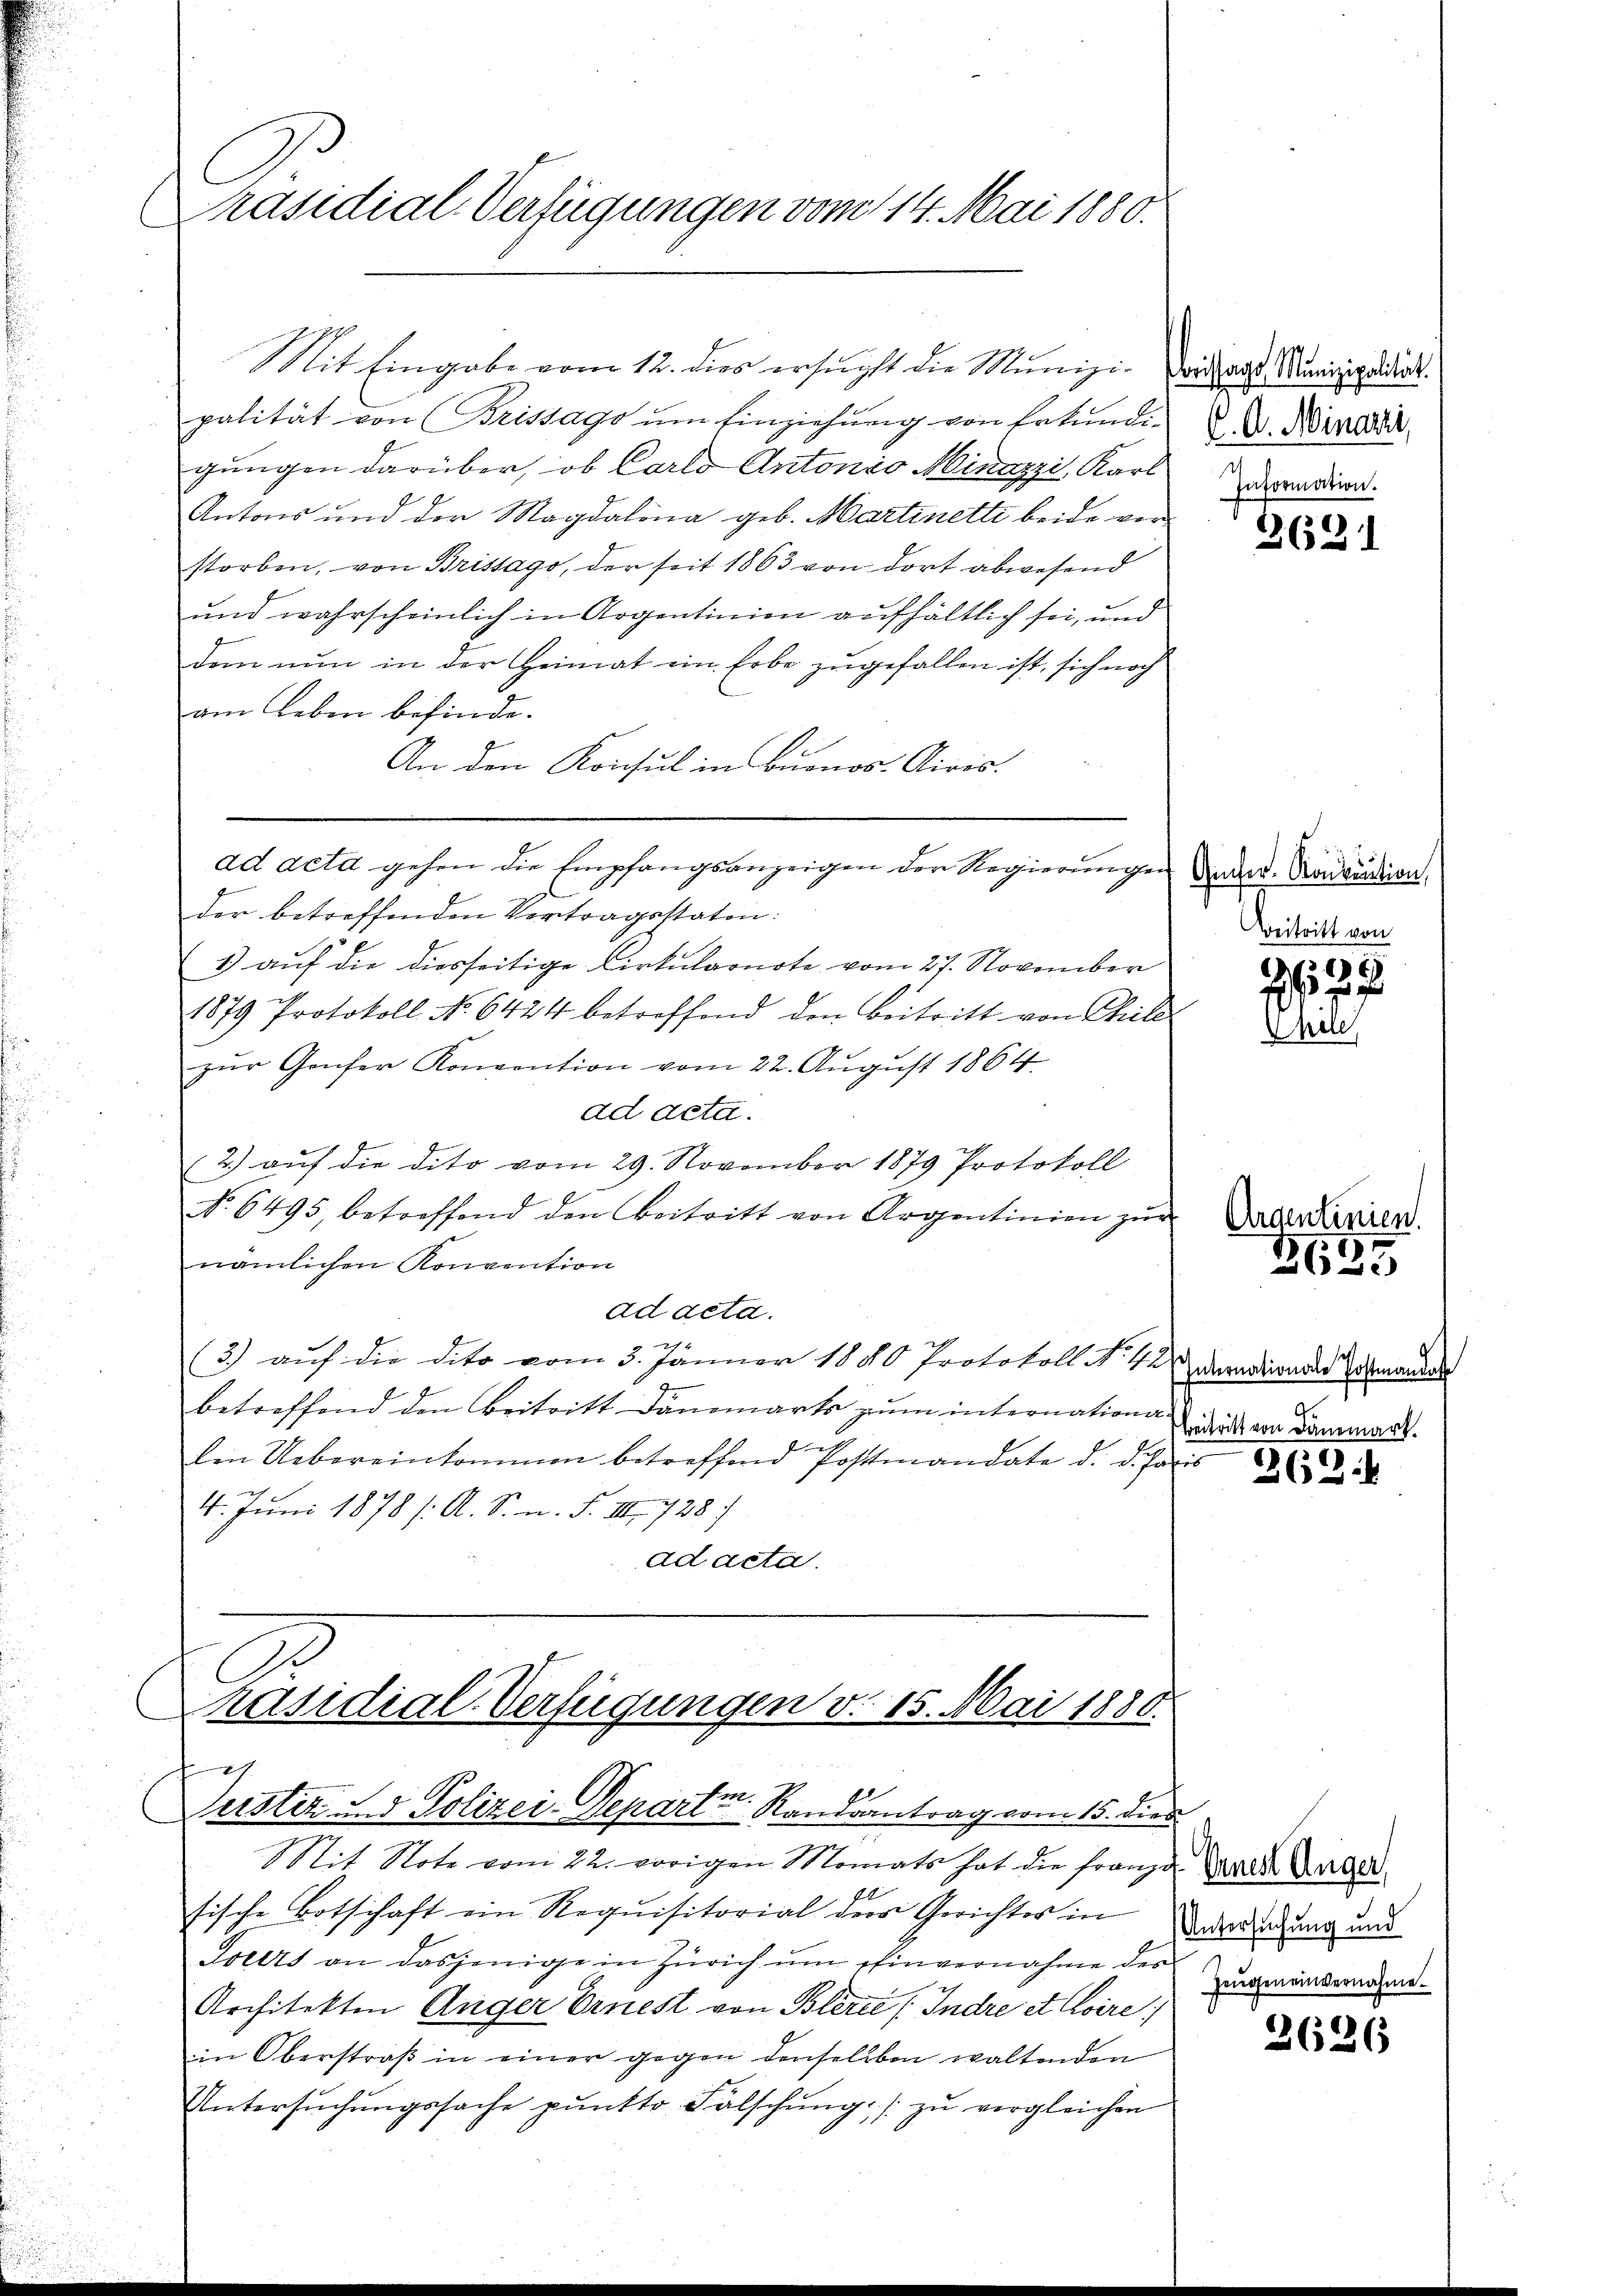
Präsidial-Verfügungen vom 14. Mai 1880.

Mit Eingabe vom 12. dies ersucht die Munizipalität von Brissago um Einziehung von Erkundigungen darüber, ob Carlo Antonio Minazzi, Karl
Antons und der Magdalona geb. Martinetti beide vorstorben, von Brissago, der seit 1863 von dort abwesend
und wahrscheinlich in Argentinien aufhältlich sei, und
dem nun in der Heimat ein Erbe zugefallen ist, sich noch
am Leben befinde.
An den Konsul in Buenos-Airis.
ad acta gehen die Empfangsanzeigen der Regierungen und Nadaution,
E
der betreffenden Vertragsstaten:
1) auf die diesseitige Cirkularnote vom 27. November
1879 Protokoll No 6424 betreffend den Beitritt von Chile
zur Genfer Konvention vom 22. August 1864
ad acta.
2.) auf die dito vom 29. November 1879 Protokoll
No. 6495, betreffend den Beitritt von Argontinien zŭr
nämlichen Konvention
ad acta.
2
(3.) auf die dito vom 3. Jänner 1880 Protokoll No 13
betreffend den Beitritt Danomarts zum internationaden Uebereinkommen betreffend Postmandate d. d. Jani
4. Juni 1878 /: A. S. n. F. III 738
ad acta

C
räsidial-Verfügungen v. 15. Mai 1880.
f
Justiz und Polizei-Departen Randsantrag vom 15. dies

Foristags Munizipalität.
V. A. Minarii,
Information.

Mit Note vom 22. vorigen Monats hat die franze Sache Lager
sische Botschaft ein Requisitorial dem Gerichter in Verdingung und
Tolers an dasjenige in Zürich ŭm einvernahme des zumeinderard-
Architekten Anger Ernest von Blerce (Indre et Coire
im Oberstraß in einer gegen denselben waltenden
Untersuchungssache pŭnkto Fälschung / zu vergleichen

2621

Beitritt von

d

.

6.
152 f

362.

Internationale Postmande
Beitritt von Dänemart.
r

26

3626

Argentinien.